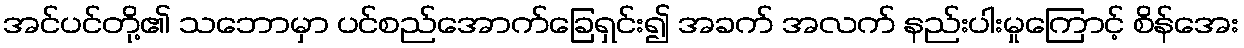
အင်ပင်တို့၏ သဘောမှာ ပင်စည်အောက်ခြေရှင်း၍ အခက် အလက် နည်းပါးမှုကြောင့် စိန်အေး